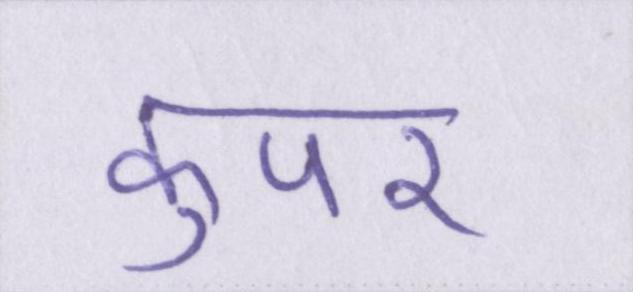
कुपर